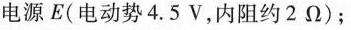
电源E(电动势4.5V，内阻约2\Omega)；